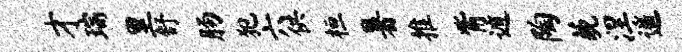
才瑞里舒肠犯六供桓暑推觜遁陶藐涅遥